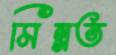
মিন্নত